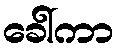
ခေါ်ကာ